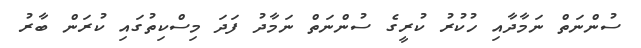
ސުންނަތް ނަމާދާއި ހުކުރު ކުރީގެ ސުންނަތް ނަމާދު ފަދަ މިސްކިތުގައި ކުރަން ބާރު